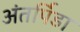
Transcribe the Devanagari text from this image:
अंतर्पिडा